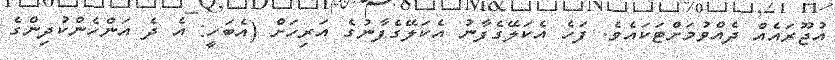
އުޖޫރައެއް ދެއްވުމަށްޓަކައެވެ. ފަހެ އެކަލޭގެފާނު އެކަލޭގެފާނުގެ އަރިހަށް (އެބަހީ: އެ ދެ އަންހެންކުދިންގެ